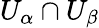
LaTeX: U_{\alpha}\cap U_{\beta}